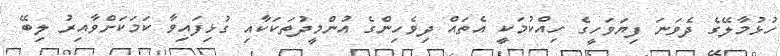
ހުޅުމާލޭގެ ދެވަނަ ފިޔަވަހީގެ ހިއްކުމަކީ އެތައް ދިވެހިންގެ އުންމީދުތަކަކާއި ގުޅިފައިވާ ކަމަކަށްވާއިރު ލިބޭ